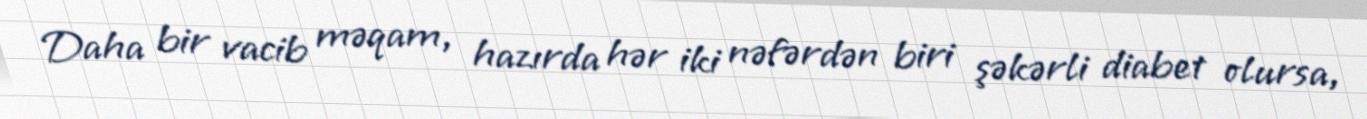
Daha bir vacib məqam, hazırda hər iki nəfərdən biri şəkərli diabet olursa,